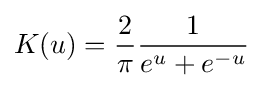
K(u)={\frac {2}{\pi }}{\frac {1}{e^{u}+e^{-u}}}